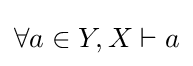
\forall a\in Y,X\vdash a